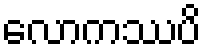
လောကဿပိ